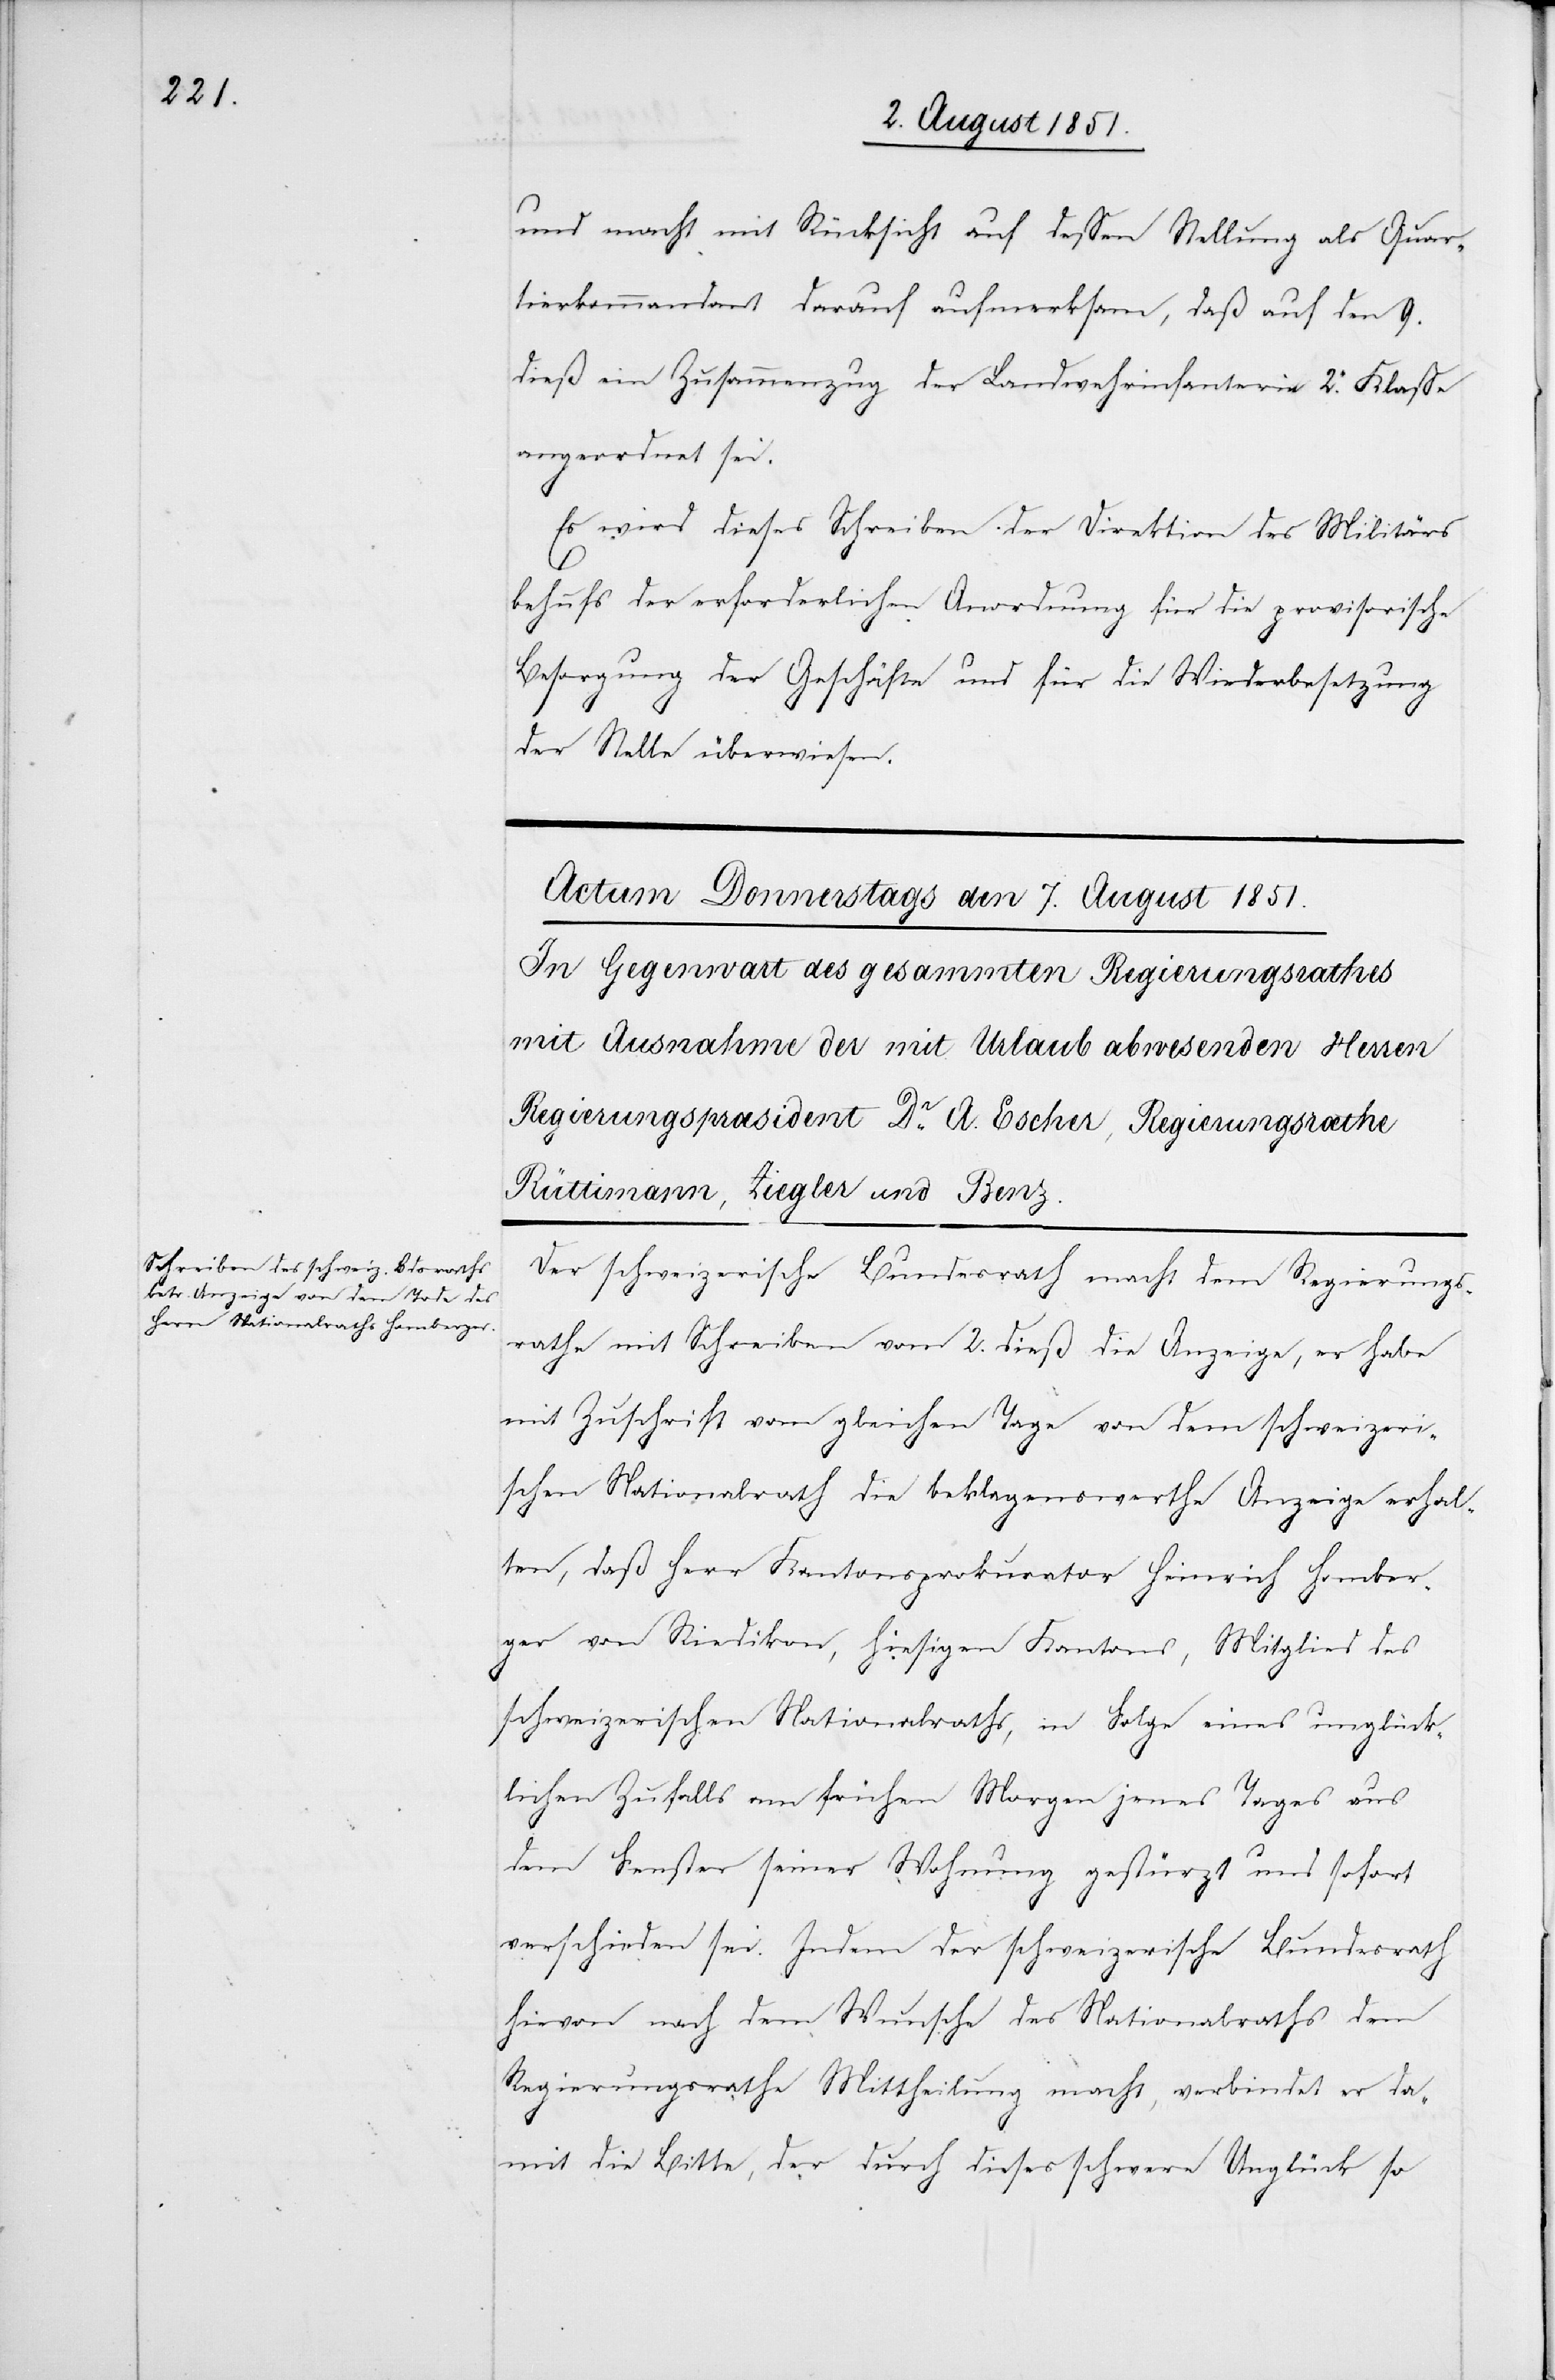
und macht mit Rücksicht auf dessen Stellung als Quar¬
tierkommandant darauf aufmerksam, daß auf den 9.
dieß ein Zusammenzug der Landwehrinfanterie 2. Klasse
angeordnet sei.
Es wird dieses Schreiben der Direktion des Militärs
behufs der erforderlichen Anordnung für die provisorische
Besorgung der Geschäfte und für die Wiederbesetzung
der Stelle überwiesen.
Der schweizerische Bundesrath macht dem Regierungs¬
rathe mit Schreiben vom 2. dieß die Anzeige, er habe
mit Zuschrift vom gleichen Tage von dem schweizeri¬
schen Nationalrath die beklagenswerthe Anzeige erhal¬
ten, daß Herr Kantonsprokurator Heinrich Homber¬
ger von Riedikon, hiesigen Kantons, Mitglied des
schweizerischen Nationalraths, in Folge eines unglück¬
lichen Zufalls am frühen Morgen jenes Tages aus
dem Fenster seiner Wohnung gestürzt und sofort
verschieden sei. Indem der schweizerische Bundesrath
hievon nach dem Wunsche des Nationalraths dem
Regierungsrathe Mittheilung macht, verbindet er da¬
mit die Bitte, der durch dieses schwere Unglück so